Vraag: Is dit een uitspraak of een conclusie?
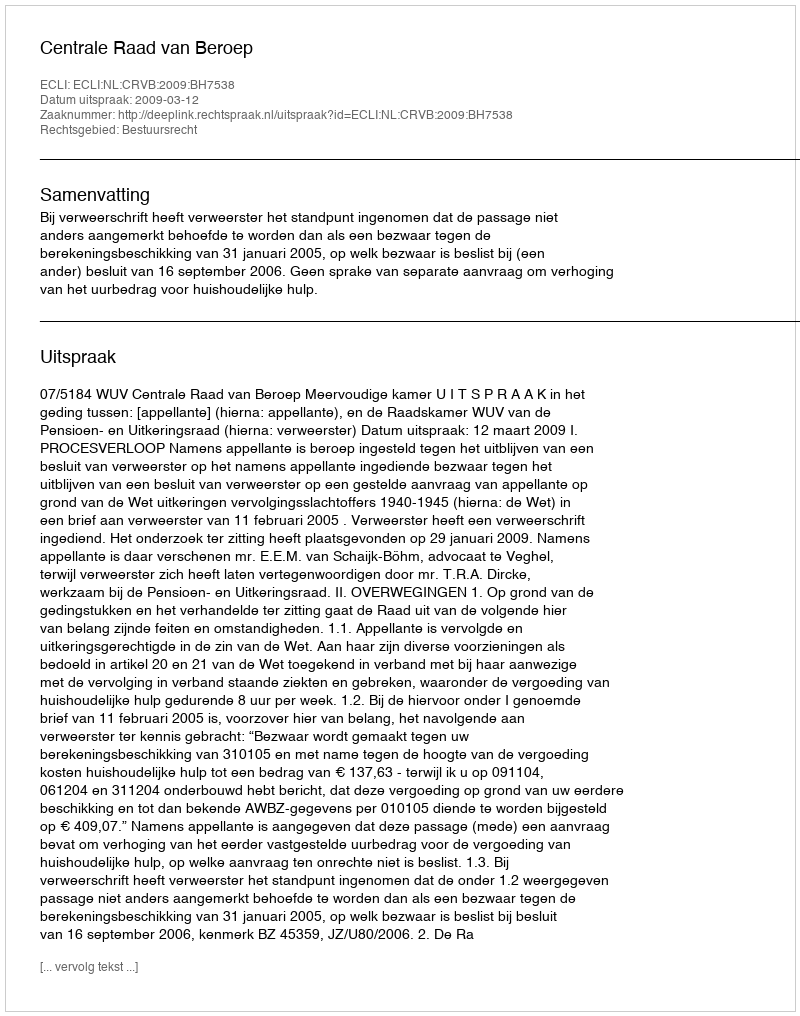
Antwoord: Uitspraak